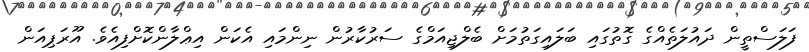
ފަލަސްތީން ދައުލަތެއްގެ ގޮތުގައި ބަލައިގަތުމަށް ބެލްޖިއަމްގެ ސަރުކާރުން ނިންމައި އެކަން އިޢްލާންކޮށްފިއެވެ. އޫރަޕިއަން